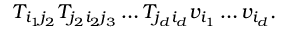
T _ { i _ { 1 } j _ { 2 } } T _ { j _ { 2 } i _ { 2 } j _ { 3 } } \ldots T _ { j _ { d } i _ { d } } v _ { i _ { 1 } } \ldots v _ { i _ { d } } .